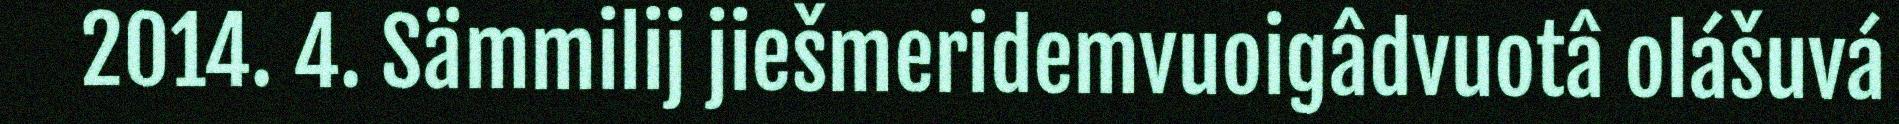
2014. 4. Sämmilij jiešmeridemvuoigâdvuotâ olášuvá